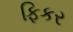
ફિકર